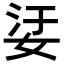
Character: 𡜡